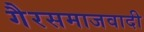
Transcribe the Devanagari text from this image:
गैरसमाजवादी